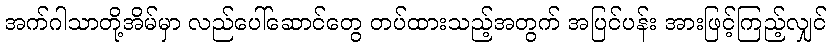
အက်ဂါသာတို့အိမ်မှာ လည်ပေါ်ဆောင်တွေ တပ်ထားသည့်အတွက် အပြင်ပန်း အားဖြင့်ကြည့်လျှင်